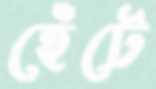
হেঁটে